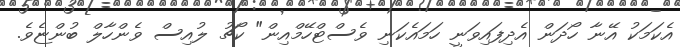
އެކަމަކު އޭނާ ހޯދަން އެދިފައިވަނީ ހަމައެކަނި ވެސްޓްހޭމްއިން" ކޯޗު ލުއިސް ވެންހާލް ބުންޏެވެ.